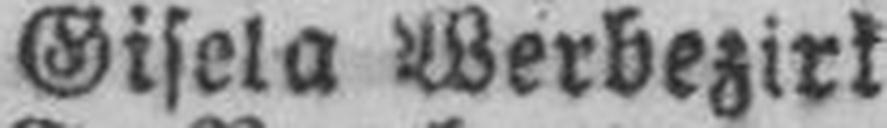
Gisela Werbezirk